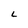
Character: L